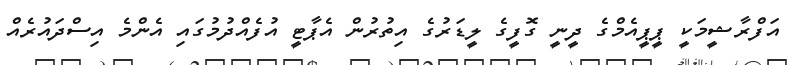
އަފްރާޝީމަކީ ޕީޕީއެމްގެ ދީނީ ގޮފީގެ ލީޑަރުގެ އިތުރުން އެޕާޓީ އުފެއްދުމުގައި އެންމެ އިސްދައުރެއް